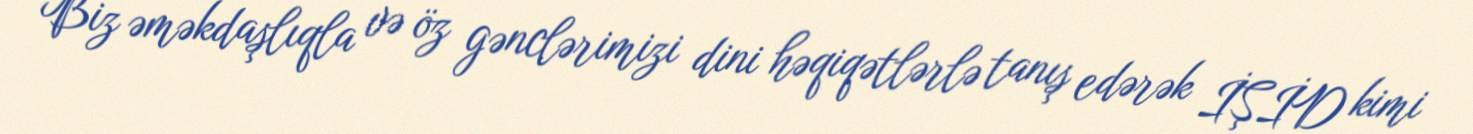
Biz əməkdaşlıqla və öz gənclərimizi dini həqiqətlərlə tanış edərək İŞİD kimi